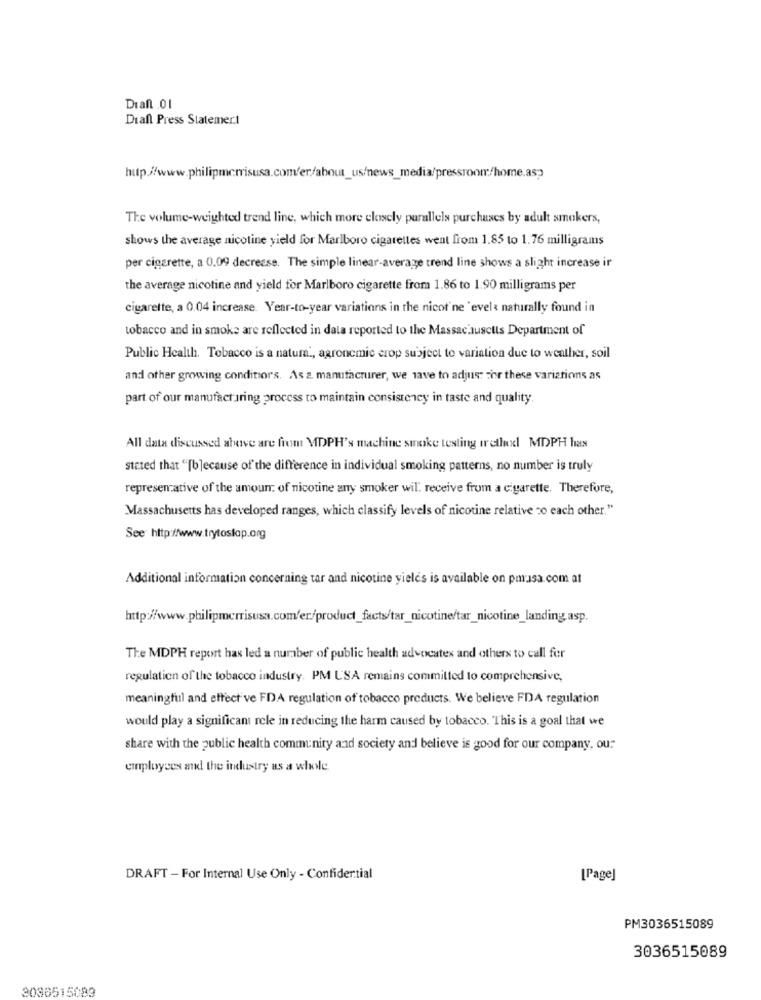
Diall 01
Diall Press Statemert
The volume-weighted trend line, which more closely parallels purchases by adult smokers,
shows the average nicotine yield for Marlboro cigarettes went from 1.85 to 1.76 milligrams
per cigarette, a 0.09 decrease. The simple linear-average trend line shows a slight increase ir
the average nicotine and yield for Marlboro cigarette from 1.86 to 1.90 milligrams per
cigarette, a 0.04 increase. Year-to-year variations in the nicot'ne 'evel & naturally found in
tobacco and in smoke are reflected in data reported to the Massachusetts Department of
Public Health. Tobacco is a natura ., agronemic crop subject to variation due to weather, soil
and other growing conditors. As a manufacturer, we Have to adjust zor these variations as
part of our manufacturing process to maintain consistency in taste and quality.
All data discussed above are from MDPH's machine smoke testing iretlud MDPH has
stated that "[b]ecause of the difference in individual smoking patterns, no number is truly
representative of the amount of nicotine any smoker will receive from a cigarette. Therefore,
Massachusetts has developed ranges, which classify levels of nicotine relative co each other."
See http://www.trytoslap.org
Additional information concerning tar and nicotine yields is available on pmusa.com at
http://www.philipmorrisusa.com/er/product_facts/tar_nicotine/tar_nicotine_landing.asp.
The MDPH report has led a number of public health advocates and others to call for
regulation of the tobacco industry. PM USA remains committed to comprehensive,
meaningful and effect ve FDA regulation of tobacco products. We believe FDA regulation
would play a significant role in reducing the harm caused by tobacco. This is a goal that we
share with the public health community and society and believe is good for our company, ou:
employees and the industry as a whole.
DRAFT - For Internal Use Only - Confidential
[Page]
PM3036515089
3036515089
3086515083